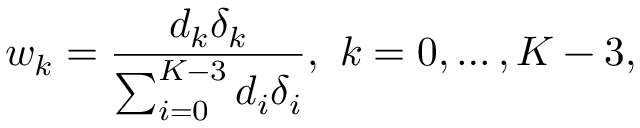
w _ { k } = \frac { d _ { k } \delta _ { k } } { \sum _ { i = 0 } ^ { K - 3 } d _ { i } \delta _ { i } } , \mathrm { ~ } k = 0 , \dots , K - 3 ,